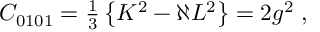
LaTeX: C _ { 0 1 0 1 } = \textstyle { \frac { 1 } { 3 } } \left\{ K ^ { 2 } - \aleph L ^ { 2 } \right\} = 2 g ^ { 2 } \; ,